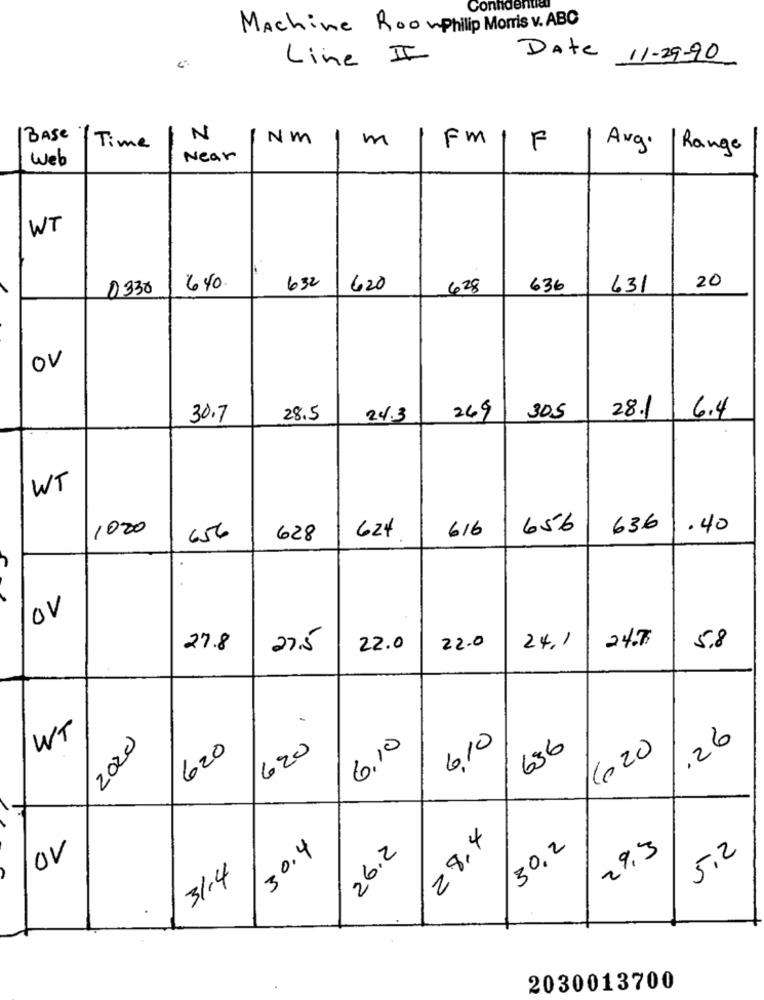
Confidentiel
Machine Roomphilip Morris v. ABC
Line II
Date 11-29-90
N
NM
m
FM
BASE / Time
F
Avg.
Range
Web
Near
WT
20
D330
640
632
620
628
636
631
OV
30.7
28.5
24.3
269
305
28.1
6.4
WT
1020
624
616
656
636
.40
656
628
OV
24.75
27.8
27.5
22.0
22.0
24.1
5.8
WT
2020
6.10
6.10
.26
620
620
636
1020
28.4
30,2
30.4
26.2
293
5,2
OV
31.4
2030013700